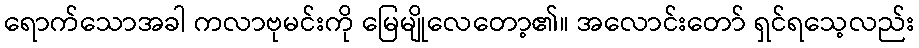
ရောက်သောအခါ ကလာဗုမင်းကို မြေမျိုလေတော့၏။ အလောင်းတော် ရှင်ရသေ့လည်း